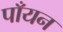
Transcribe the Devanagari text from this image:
पाँयन